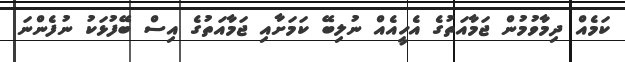
ކަމެއް ދިމާވުމުން ޖަމާއަތުގެ އެހީއެއް ނުލިބޭ ކަމަށާއި ޖަމާއަތުގެ އިސް ބޭފުޅަކު ނުފެންނަ